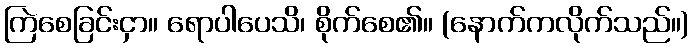
ကြဲစေခြင်းငှာ။ ရောပါပေသိ၊ စိုက်စေ၏။ (နောက်ကလိုက်သည်။)